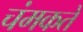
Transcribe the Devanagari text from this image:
चंमकते